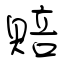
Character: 賠